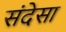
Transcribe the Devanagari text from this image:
संदेसा